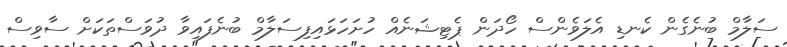
ސަލާމް ބުނެގެން ކެނޑި އެލަވެންސް ހޯދަން ޕެޓިޝަނެއް ހުށަހަޅައިފިސަލާމް ބުނެފައިވާ ދުވަސްތަކަށް ސާވިސް